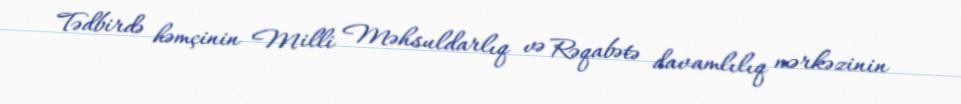
Tədbirdə həmçinin Milli Məhsuldarlıq və Rəqabətə davamlılıq mərkəzinin